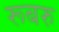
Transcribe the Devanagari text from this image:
रूबरु